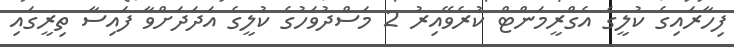
ފިހާރައިގެ ކުލީގެ އެގްރީމަންޓް ކުރެވޭއިރު 2 މަސްދުވަހުގެ ކުލީގެ އަދަދަށްވާ ފައިސާ ތިރީގައި